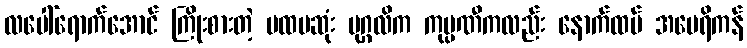
လပေါ်ရောက်အောင် ကြိုးစားတဲ့ ပထမဆုံး ပုဂ္ဂလိက ကုမ္ပဏီကလည်း နောက်ထပ် အမေရိကန်